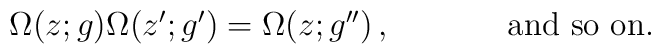
\begin{array}{cc}\Omega(z;g)\Omega(z^{\prime};g^{\prime})=\Omega(z;g^{\prime\prime})\,,~~~~&~~~~\mbox{and~so~on.}\end{array}